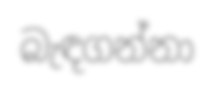
බැඳගන්නා